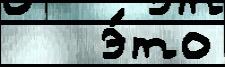
   э́то